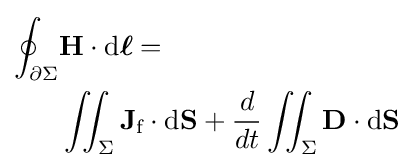
{\begin{aligned}\oint _{\partial \Sigma }&\mathbf {H} \cdot \mathrm {d} {\boldsymbol {\ell }}=\\&\iint _{\Sigma }\mathbf {J} _{\text{f}}\cdot \mathrm {d} \mathbf {S} +{\frac {d}{dt}}\iint _{\Sigma }\mathbf {D} \cdot \mathrm {d} \mathbf {S} \\\end{aligned}}